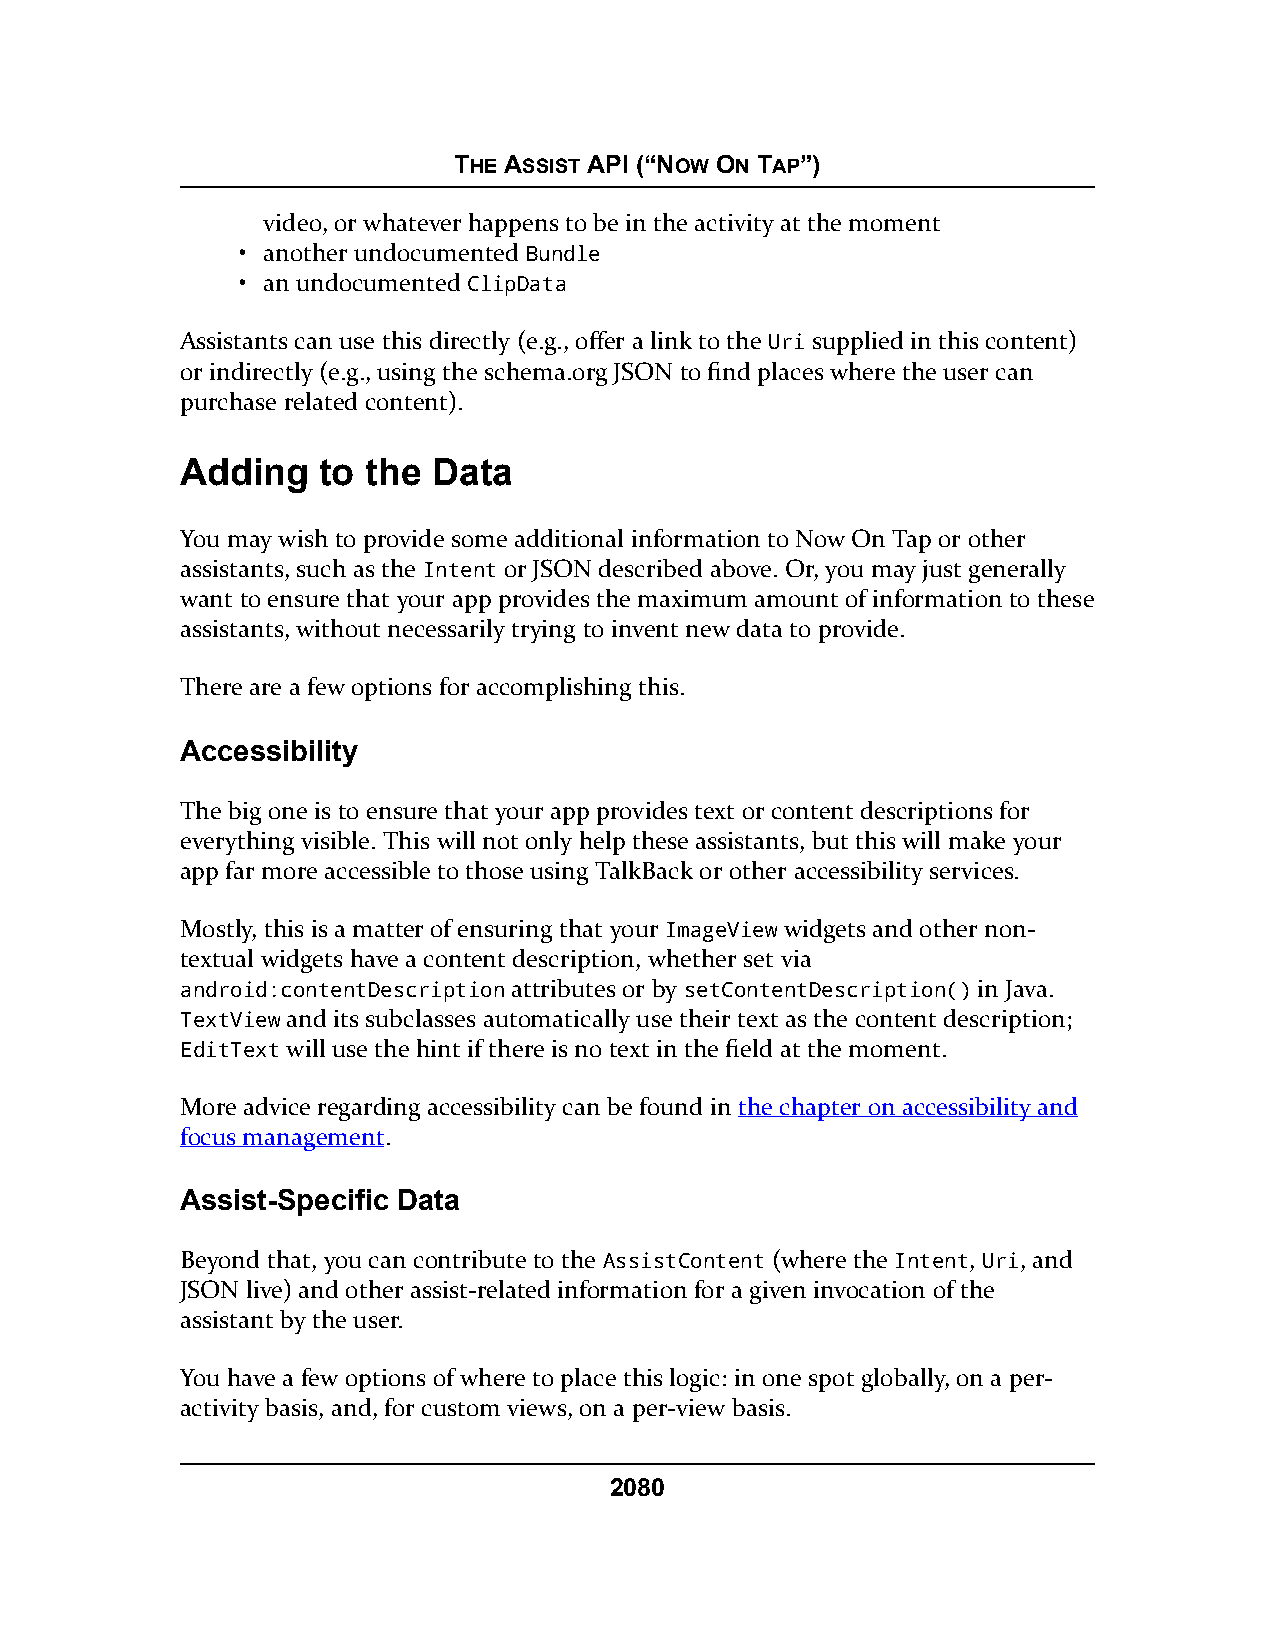
THE ASSIST API (“NOW ON TAP”)
 video, or whatever happens to be in the activity at the moment
 • another undocumented Bundle
 • an undocumented ClipData
 Assistants can use this directly (e.g., offer a link to the Uri supplied in this content)
 or indirectly (e.g., using the schema.org JSON to find places where the user can
 purchase related content).
 Adding   to the  Data
 You may wish to provide some additional information to Now On Tap or other
 assistants, such as the Intent or JSON described above. Or, you may just generally
 want to ensure that your app provides the maximum amount of information to these
 assistants, without necessarily trying to invent new data to provide.
 There are a few options for accomplishing this.
 Accessibility
 The big one is to ensure that your app provides text or content descriptions for
 everything visible. This will not only help these assistants, but this will make your
 app far more accessible to those using TalkBack or other accessibility services.
 Mostly, this is a matter of ensuring that your ImageView widgets and other non-
 textual widgets have a content description, whether set via
 android:contentDescription attributes or by setContentDescription() in Java.
 TextView and its subclasses automatically use their text as the content description;
 EditText will use the hint if there is no text in the field at the moment.
 More advice regarding accessibility can be found in the chapter on accessibility and
 focus management.
 Assist-Specific Data
 Beyond that, you can contribute to the AssistContent (where the Intent, Uri, and
 JSON live) and other assist-related information for a given invocation of the
 assistant by the user.
 You have a few options of where to place this logic: in one spot globally, on a per-
 activity basis, and, for custom views, on a per-view basis.
 2080